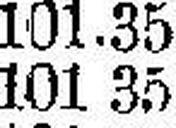
101 35